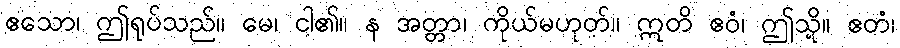
ဧသော၊ ဤရုပ်သည်။ မေ၊ ငါ၏။ န အတ္တာ၊ ကိုယ်မဟုတ်။ ဣတိ ဧဝံ၊ ဤသို့။ ဧတံ၊